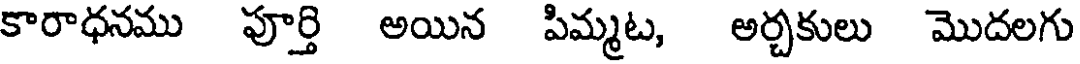
కారాధనము పూర్తి అయిన పిమ్మట, అర్చకులు మొదలగు